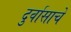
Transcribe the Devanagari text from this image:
दुर्वासाचे